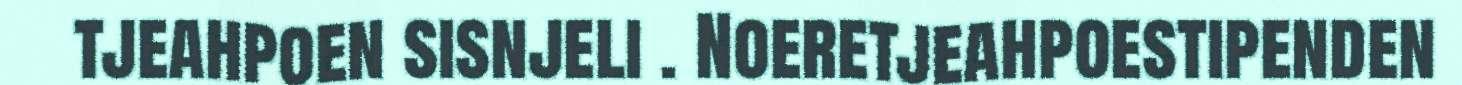
tjeahpoen sisnjeli . Noeretjeahpoestipenden